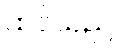
ထင်သည်